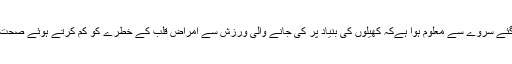
برسوں کی تحقیق اور ہزاروں افراد پر کیے گئے سروے سے معلوم ہوا ہےکہ کھیلوں کی بنیاد پر کی جانے والی ورزش سے امراضِ قلب کے خطرے کو کم کرتے ہوئے صحت مند اور طویل عمر حاصل کی جاسکتی ہے۔